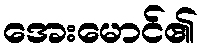
အေးမောင်၏